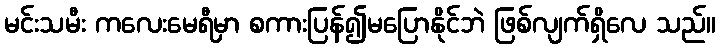
မင်းသမီး ကလေးမေရီမှာ စကားပြန်၍မပြောနိုင်ဘဲ ဖြစ်လျက်ရှိလေ သည်။